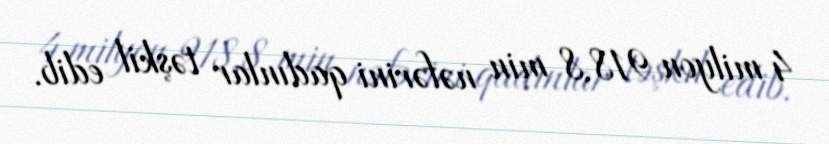
4 milyon 918,8 min nəfərini qadınlar təşkil edib.